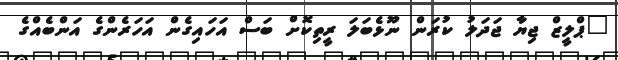
"ޕްލީޒް ޖިޔާ ޖަދަލު ކުރަން ނޫޅެބަލަ ރީތިކޮށް ބަސް އަހައިގެން އަހަރެންގެ އަންބެއްގެ